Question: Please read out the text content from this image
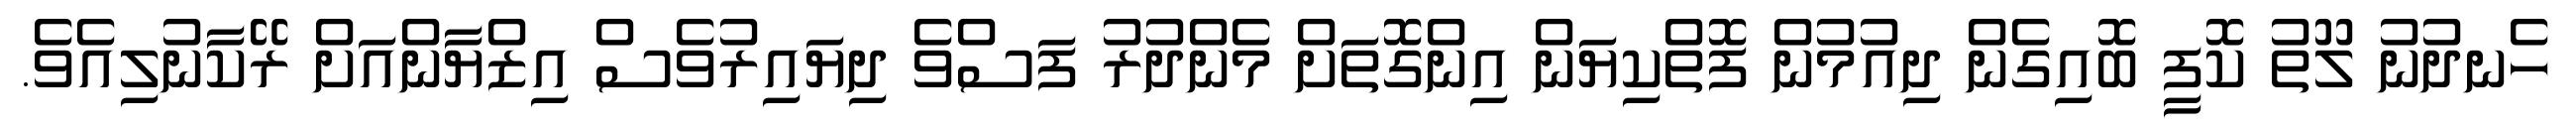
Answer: ހެނދުނު ލޫތު ކޮފީ ބޮއިގެން ދިއުމުން ފޮތްކިޔަން އިންގޮތަށް މެންދުރު ފަސްވެ ދިޔައިރުވެސް އިޒްޔާންއަށް ރޭކާނުލިއެވެ.